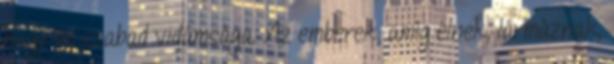
nagy és szabad vidámsága. Az emberek, amíg élnek, lármáznak,